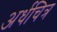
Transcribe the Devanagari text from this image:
अर्धचित्र